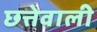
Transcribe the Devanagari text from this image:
छत्तेवाली